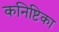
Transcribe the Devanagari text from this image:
कनिष्टिका